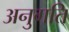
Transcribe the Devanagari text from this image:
अनुगति